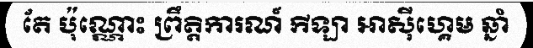
តែ ប៉ុណ្ណោះ ព្រឹត្តិការណ៍ កីឡា អាស៊ីហ្គេម ឆ្នាំ